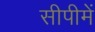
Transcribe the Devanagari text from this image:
सीपीमें